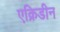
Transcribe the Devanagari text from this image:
एक्रिडीन